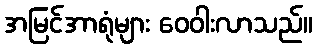
အမြင်အာရုံများ ဝေဝါးလာသည်။